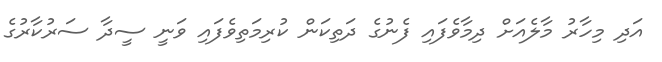
އަދި މިހާރު މާލެއަށް ދިމާވެފައި ފެނުގެ ދަތިކަން ކުރިމަތިވެފައި ވަނީ ސީދާ ސަރުކާރުގެ